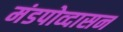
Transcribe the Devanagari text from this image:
मंडपोव्दासन